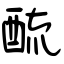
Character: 酼